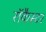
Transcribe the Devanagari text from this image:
रॉकैस्टर